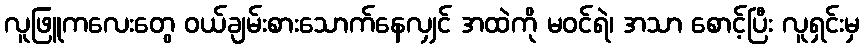
လူဖြူကလေးတွေ ဝယ်ချမ်းစားသောက်နေလျှင် အထဲကို မဝင်ရဲ၊ အသာ စောင့်ပြီး လူရှင်းမှ